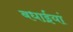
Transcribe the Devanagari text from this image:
बधाईयां